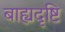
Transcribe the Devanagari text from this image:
बाह्यदृष्टि